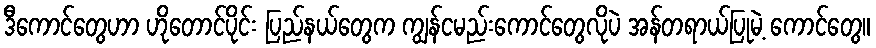
ဒီကောင်တွေဟာ ဟိုတောင်ပိုင်း ပြည်နယ်တွေက ကျွန်ငမည်းကောင်တွေလိုပဲ အန်တရာယ်ပြုမဲ့ ကောင်တွေ။